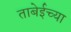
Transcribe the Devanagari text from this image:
ताबेईच्या